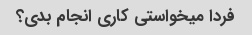
فردا میخواستی کاری انجام بدی؟